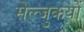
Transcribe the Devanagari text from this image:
सेल्जुकयों